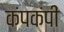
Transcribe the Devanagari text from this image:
कंपकंपीं